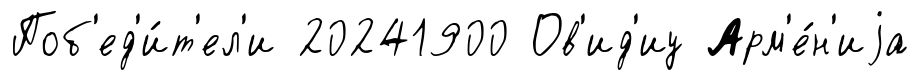
Поб'ед'и́т'ел'и 20241900 Ов'ид'иу Арм'е́н'иjа